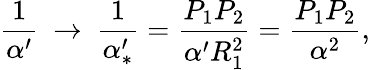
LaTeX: {\frac{1}{\alpha^{\prime}}}\ \to\ {\frac{1}{\alpha_{*}^{\prime}}}={\frac{P_{1}P_{2}}{\alpha^{\prime}R_{1}^{2}}}={\frac{P_{1}P_{2}}{\alpha^{2}}},